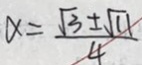
\alpha = \frac { \sqrt { 3 } \pm \sqrt { 1 1 } } { 4 }